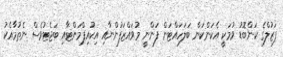
ފަޒުލްގެ ކަންބޮޑު ވުމަކީ އެކަންކަން ބަަލަހައްޓަން ފަންނީ މުވައްޒަފުންނާއި އިކުއިޕްމަންޓާއި ބަޖެޓުވެސް ނެތުމާއެކު